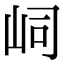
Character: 㟃